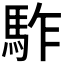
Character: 𩢐